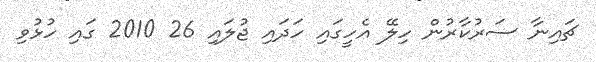
ޗައިނާ ސަރުކާރުން ހިލޭ އެހީގައި ހަދައި ޖުލައި 26 2010 ގައި ހުޅުވި